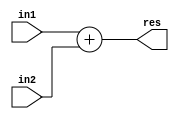
`timescale 1ns / 1ps
//////////////////////////////////////////////////////////////////////////////////
// Company: 
// Engineer: 
// 
// Create Date:    
// Design Name: 
// Module Name:    RCA_N20 
// Project Name: 
// Target Devices: 
// Tool versions: 
// Description: 
//
// Dependencies: 
//
// Revision: 
// Revision 0.01 - File Created
// Additional Comments: 
//
//////////////////////////////////////////////////////////////////////////////////
module RCA_N20(
    input [19:0] in1,
    input [19:0] in2,
    output [20:0] res
    );

assign res[20:0] = in1[19:0] + in2[19:0];

endmodule